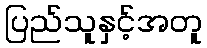
ပြည်သူနှင့်အတူ